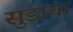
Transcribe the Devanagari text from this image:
सुडाचा